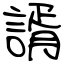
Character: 諝